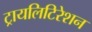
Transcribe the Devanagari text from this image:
ट्रायलिटिरेशन